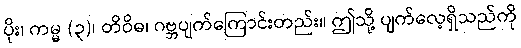
ပိုး၊ ကမ္မ (၃)၊ တိဝိဓ၊ ဂဗ္ဘပျက်ကြောင်းတည်း။ ဤသို့ ပျက်လေ့ရှိသည်ကို